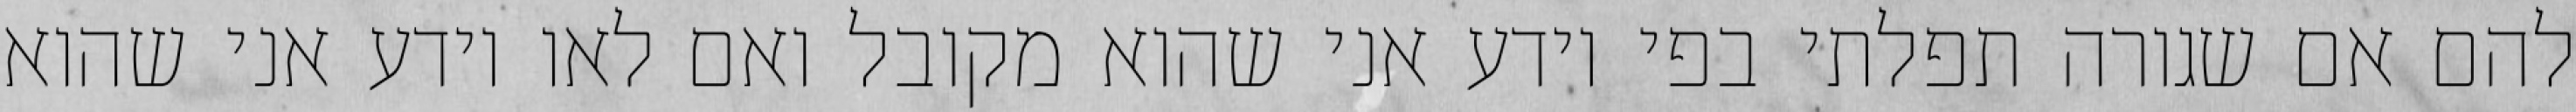
להם אם שגורה תפלתי בפי יודע אני שהוא מקובל ואם לאו יודע אני שהוא